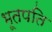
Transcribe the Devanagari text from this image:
भूतपति